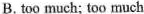
B. too much; too much